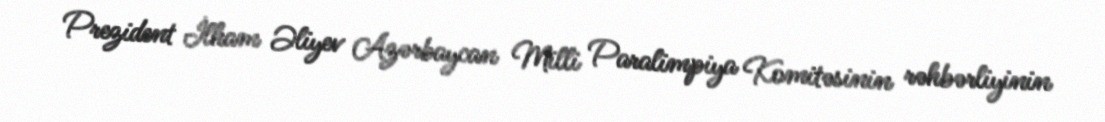
Prezident İlham Əliyev Azərbaycan Milli Paralimpiya Komitəsinin rəhbərliyinin